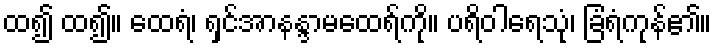
ထ၍ ထ၍။ ထေရံ၊ ရှင်အာနန္ဒာမထေရ်ကို။ ပရိဝါရေသုံ၊ ခြံရံကုန်၏။